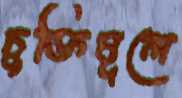
চুক্তিমূলে